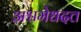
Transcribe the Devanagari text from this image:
अश्वमेधदत्त